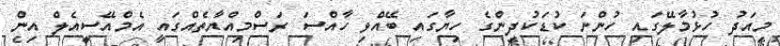
މިއަދު ހުޅުމާލޭގައި ހުންނަ ކުޑަކުދިންގެ ހިޔާގައި ބޭއްވި ހާއްސަ ރަސްމިއްޔާތެއްގައި އެމްއޭސީއެލް އިން